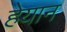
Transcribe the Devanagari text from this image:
हेयान